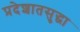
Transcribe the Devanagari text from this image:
प्रदेशातसुद्धा